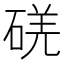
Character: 𥓌